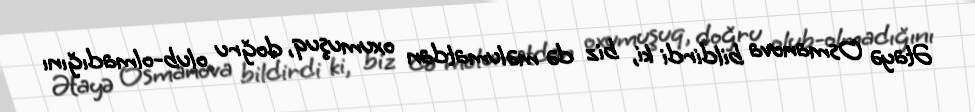
Ətayə Osmanova bildirdi ki, biz də məlumatdan oxumuşuq, doğru olub-olmadığını